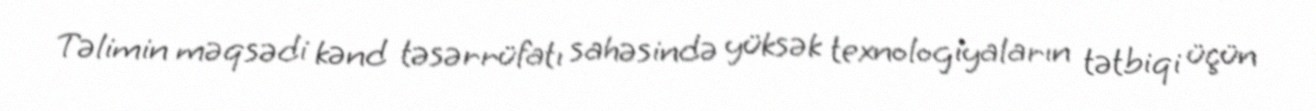
Təlimin məqsədi kənd təsərrüfatı sahəsində yüksək texnologiyaların tətbiqi üçün